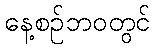
နေ့စဉ်ဘဝတွင်